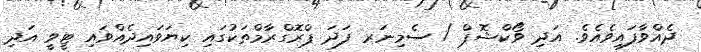
ދެއްވާފައިވެއެވެ. އަދި ވޯކްޝޮޕް / ސެމިނަރ ފަދަ ޕްރޮގްރާމްތަކުގައި ކިޔަވައިދެއްވައި ޓީވީ އަދި